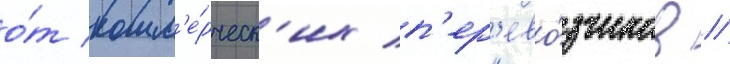
о́т комм'е́рческ'их п'ер'ево́зчиков //